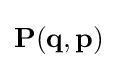
{\textstyle \mathbf {P} (\mathbf {q} ,\mathbf {p} )}